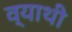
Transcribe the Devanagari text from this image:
व्याथी